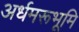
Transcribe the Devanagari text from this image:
अर्धमरूभूमि